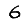
Digit: 6